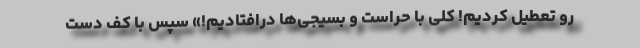
رو تعطیل کردیم! کلی با حراست و بسیجی‌ها درافتادیم!» سپس با کف دست